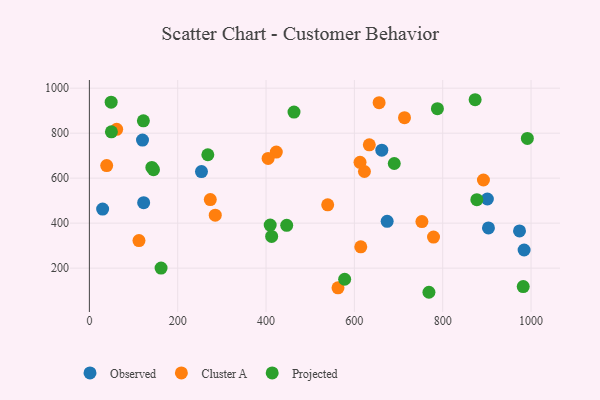
{"axis": {"x": "Ad Spend", "y": "Fuel Efficiency"}, "legend": ["Cluster A", "Observed", "Projected"], "data": [{"x": "903.6", "y": 378.9, "type": "Observed"}, {"x": "122.9", "y": 491.0, "type": "Observed"}, {"x": "674.2", "y": 407.9, "type": "Observed"}, {"x": "253.8", "y": 629.2, "type": "Observed"}, {"x": "901.1", "y": 507.3, "type": "Observed"}, {"x": "973.9", "y": 365.3, "type": "Observed"}, {"x": "984.3", "y": 280.6, "type": "Observed"}, {"x": "30.0", "y": 462.7, "type": "Observed"}, {"x": "662.1", "y": 724.3, "type": "Observed"}, {"x": "120.3", "y": 769.2, "type": "Observed"}, {"x": "614.5", "y": 294.7, "type": "Cluster A"}, {"x": "39.2", "y": 655.9, "type": "Cluster A"}, {"x": "752.9", "y": 406.8, "type": "Cluster A"}, {"x": "633.8", "y": 748.2, "type": "Cluster A"}, {"x": "61.8", "y": 817.2, "type": "Cluster A"}, {"x": "423.2", "y": 716.0, "type": "Cluster A"}, {"x": "539.6", "y": 481.3, "type": "Cluster A"}, {"x": "562.9", "y": 112.2, "type": "Cluster A"}, {"x": "892.2", "y": 591.7, "type": "Cluster A"}, {"x": "622.8", "y": 629.5, "type": "Cluster A"}, {"x": "713.5", "y": 868.8, "type": "Cluster A"}, {"x": "285.0", "y": 435.5, "type": "Cluster A"}, {"x": "779.2", "y": 338.1, "type": "Cluster A"}, {"x": "273.8", "y": 504.9, "type": "Cluster A"}, {"x": "612.8", "y": 670.3, "type": "Cluster A"}, {"x": "656.0", "y": 935.7, "type": "Cluster A"}, {"x": "112.3", "y": 322.3, "type": "Cluster A"}, {"x": "404.7", "y": 687.5, "type": "Cluster A"}, {"x": "49.3", "y": 938.0, "type": "Projected"}, {"x": "446.8", "y": 390.4, "type": "Projected"}, {"x": "873.4", "y": 948.7, "type": "Projected"}, {"x": "578.0", "y": 150.6, "type": "Projected"}, {"x": "788.0", "y": 908.8, "type": "Projected"}, {"x": "877.3", "y": 504.3, "type": "Projected"}, {"x": "991.7", "y": 776.8, "type": "Projected"}, {"x": "463.3", "y": 893.8, "type": "Projected"}, {"x": "409.4", "y": 391.5, "type": "Projected"}, {"x": "768.8", "y": 92.6, "type": "Projected"}, {"x": "141.5", "y": 647.6, "type": "Projected"}, {"x": "49.9", "y": 805.9, "type": "Projected"}, {"x": "268.2", "y": 704.0, "type": "Projected"}, {"x": "690.3", "y": 665.2, "type": "Projected"}, {"x": "162.3", "y": 200.2, "type": "Projected"}, {"x": "982.3", "y": 118.1, "type": "Projected"}, {"x": "412.7", "y": 340.7, "type": "Projected"}, {"x": "122.3", "y": 854.8, "type": "Projected"}, {"x": "145.2", "y": 637.6, "type": "Projected"}]}